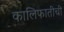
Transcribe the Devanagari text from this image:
कालिफातीची